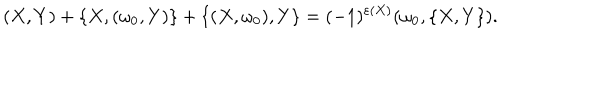
( X , Y ) + \{ X , ( \omega _ { 0 } , Y ) \} + \{ ( X , \omega _ { 0 } ) , Y \} = ( - 1 ) ^ { \varepsilon ( X ) } ( \omega _ { 0 } , \{ X , Y \} ) .